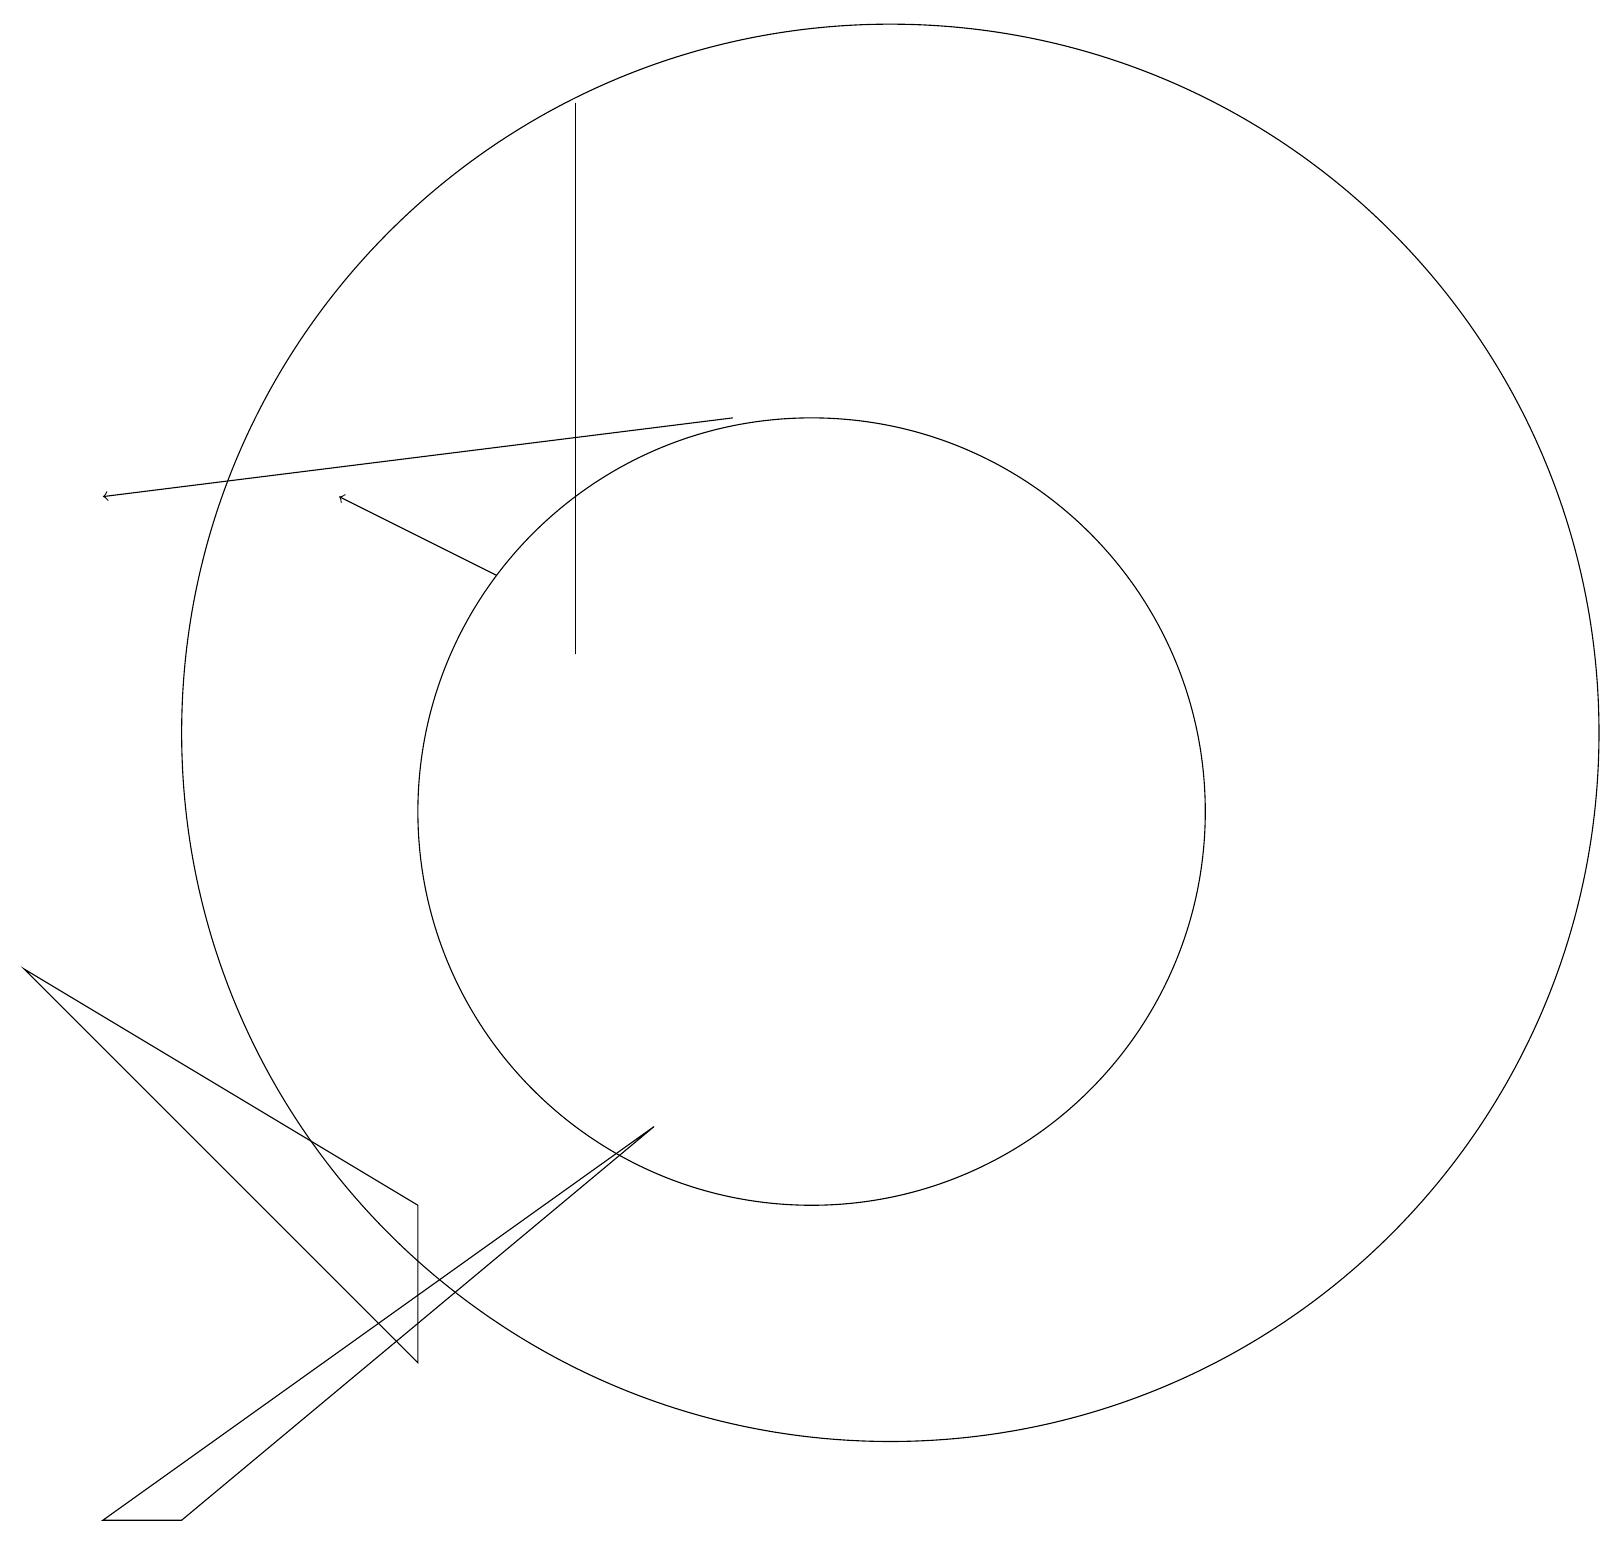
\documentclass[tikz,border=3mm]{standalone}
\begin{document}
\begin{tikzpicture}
\draw (10,10) circle (5);
\draw[->] (9,15) -- (1,14);
\draw (11,11) circle (9);
\draw (7,12) rectangle (7,19);
\draw (2,1) -- (1,1) -- (8,6) -- cycle;
\draw (5,3) -- (5,5) -- (0,8) -- cycle;
\draw[->] (6,13) -- (4,14);
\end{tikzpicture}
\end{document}